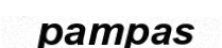
pampas